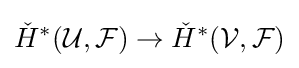
{\check {H}}^{*}({\mathcal {U}},{\mathcal {F}})\to {\check {H}}^{*}({\mathcal {V}},{\mathcal {F}})